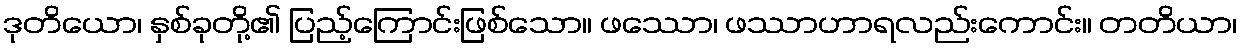
ဒုတိယော၊ နှစ်ခုတို့၏ ပြည့်ကြောင်းဖြစ်သော။ ဖဿော၊ ဖဿာဟာရလည်းကောင်း။ တတိယာ၊